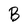
Character: B